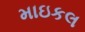
માઇકલ